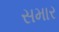
સમાર